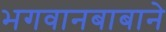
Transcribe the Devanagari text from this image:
भगवानबाबाने